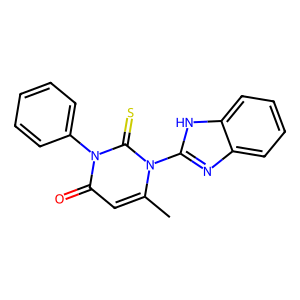
SMILES: Cc1cc(=O)n(-c2ccccc2)c(=S)n1-c1nc2ccccc2[nH]1
Inhibits HIV replication: No